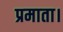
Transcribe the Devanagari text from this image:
प्रमाता।